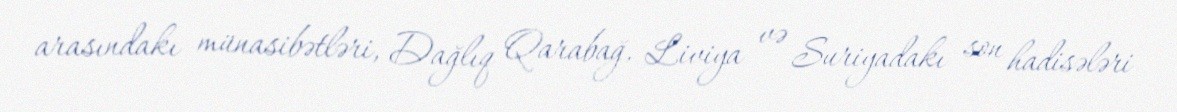
arasındakı münasibətləri, Dağlıq Qarabağ, Liviya və Suriyadakı son hadisələri